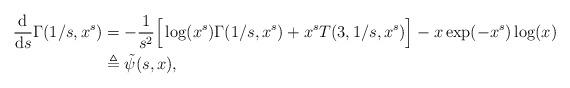
LaTeX: \begin{align*}\frac{\mathrm{d}}{\mathrm{d}s}\Gamma(1/s,x^s)&=-\frac{1}{s^2}\Big[\log (x^s) \Gamma(1/s,x^s)+x^s T(3,1/s,x^s)\Big]-x\exp(-x^s)\log(x)\\&\triangleq\tilde\psi(s,x),\end{align*}